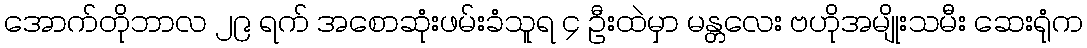
အောက်တိုဘာလ ၂၉ ရက် အစောဆုံးဖမ်းခံသူရ ၄ ဦးထဲမှာ မန္တလေး ဗဟိုအမျိုးသမီး ဆေးရုံက